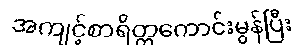
အကျင့်စာရိတ္တကောင်းမွန်ပြီး